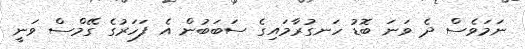
ނަމަވެސް ދެ ވަނަ ބޮޑު ހަނގުރާމައިގެ ސަބަބުން އެ ފަހަރުގެ ގޭމްސް ވަނީ